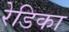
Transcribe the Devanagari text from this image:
रेडिका